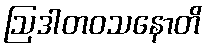
ဩဒါတဝသနောတိ